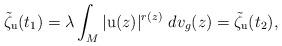
LaTeX: \begin{align*}\tilde{\zeta}_{\mathrm{u}} ( t_{1} ) = \lambda \int_{M} | \mathrm{u} ( z ) |^{r( z )} \,\, dv_{g} ( z ) = \tilde{\zeta}_{\mathrm{u}} ( t_{2} ),\end{align*}